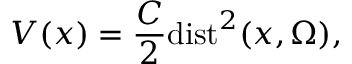
V ( x ) = \frac { C } { 2 } \mathrm { d i s t } ^ { 2 } ( x , \Omega ) ,